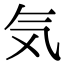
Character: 気